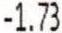
-1.73